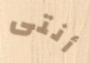
أنتى